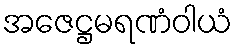
အဇေဋ္ဌမရဏံဝါယံ